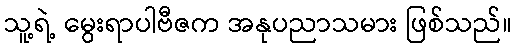
သူ့ရဲ့ မွေးရာပါဗီဇက အနုပညာသမား ဖြစ်သည်။